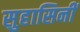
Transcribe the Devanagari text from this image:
सुहासिनीं